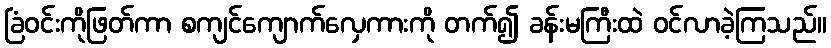
ခြံဝင်းကိုဖြတ်ကာ စကျင်ကျောက်လှေကားကို တက်၍ ခန်းမကြီးထဲ ဝင်လာခဲ့ကြသည်။